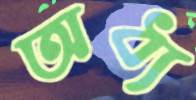
অধ্য